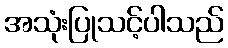
အသုံးပြုသင့်ပါသည်